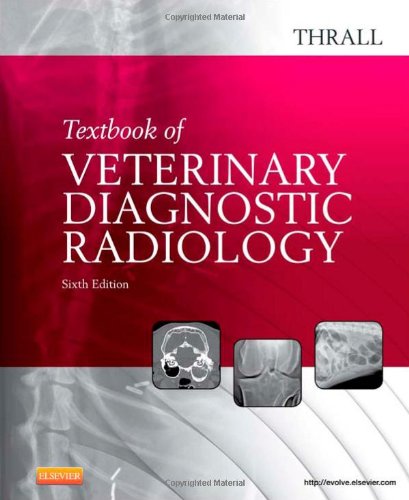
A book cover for Textbook of Veterinary Diagnostic Radiology, 6e; Donald E. Thrall DVM  PhD  DACVR; Medical Books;